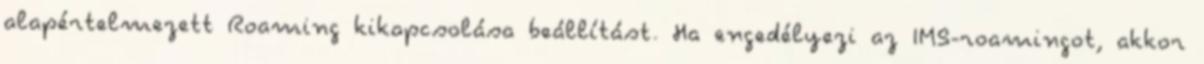
alapértelmezett Roaming kikapcsolása beállítást. Ha engedélyezi az IMS-roamingot, akkor